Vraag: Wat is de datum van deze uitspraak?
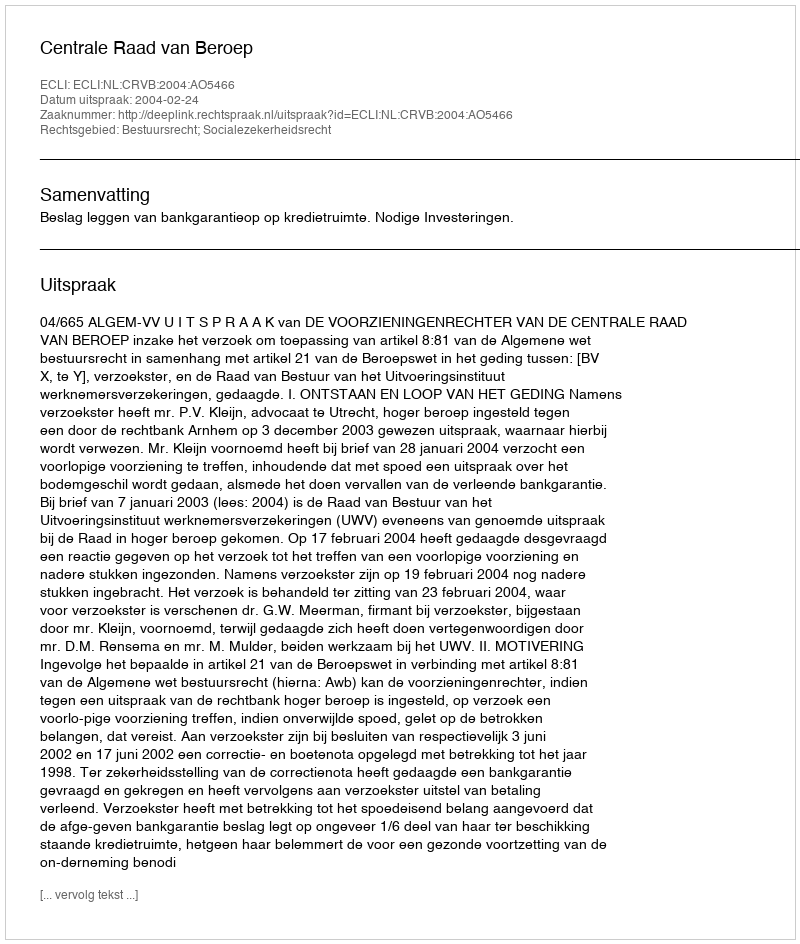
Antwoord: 2004-02-24